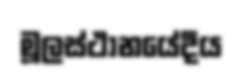
මූලස්ථානයේදීය